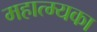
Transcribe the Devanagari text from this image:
महात्म्यका